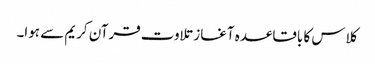
کلاس کا باقاعدہ آغاز تلاوت قرآن کریم سے ہوا۔